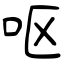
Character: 呕